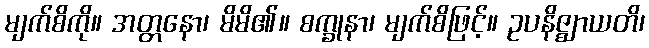
မျက်စိကို။ အတ္တနော၊ မိမိ၏။ စက္ခုနာ၊ မျက်စိဖြင့်။ ဥပနိဇ္ဈာယတိ၊